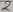
Text: 8